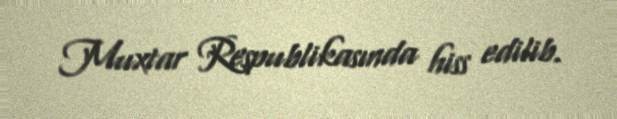
Muxtar Respublikasında hiss edilib.